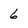
Character: 6